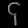
Digit: ၄